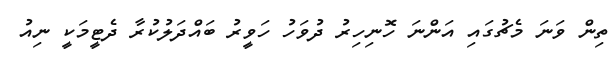
ތިން ވަނަ މެޗުގައި އަންނަ ހޮނިހިރު ދުވަހު ހަވީރު ބައްދަލުކުރާ ދެޓީމަކީ ނިއު